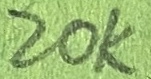
Text: 20K